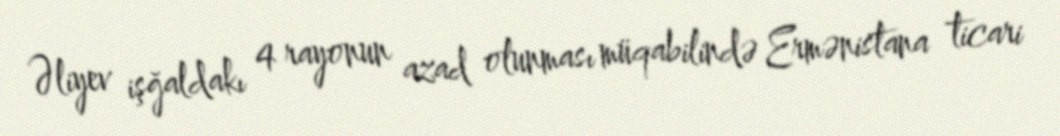
Əliyev işğaldakı 4 rayonun azad olunması müqabilində Ermənistana ticari